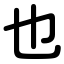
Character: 也